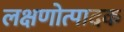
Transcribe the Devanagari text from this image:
लक्षणोत्पादक